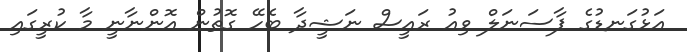
އަޅުގަނޑުގެ ޕާސަނަލް ވިއު ރައީސް ނަޝީދާ ބެހޭ ގޮތުން އޮންނާނީ މާ ކުރީގައި